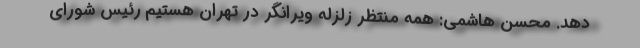
دهد. محسن هاشمی: همه منتظر زلزله ویرانگر در تهران هستیم رئیس شورای